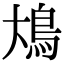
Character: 䲪